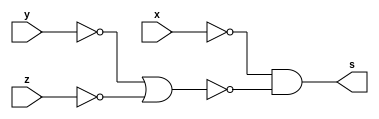
// ---------------------
// TRUTH TABLE
// Nome: marcos antonio lommez Candido Ribeiro
// 27/08/2022
// ---------------------
// ---------------------
// -- expression x' . ( y'+z' )'
// ---------------------

module fxyz (output s, input x, y, z);
    assign s = ~x & ~(~y | ~z);
endmodule

module fyz (output s, input y, z);
    assign s = (~y | ~z);
endmodule

module fnyz (output s, input y, z);
    assign s = ~(~y | ~z);
endmodule

// ---------------------
// -- test_module
// ---------------------
module test_module;
    reg x, y, z;
    wire s1, s2, s3;
    // instancias
    fyz  FYZ1  (s1, y, z);
    fnyz FNYZ1 (s2, y, z);
    fxyz FXYZ1 (s3, x, y, z);
    
    // valores iniciais
    initial 
        begin: start
            x=1'bx; 
            y=1'bx;
            z=1'bx; // indefinidos
        end

    // parte principal
    initial 
        begin: main
            // identificacao
            $display("Ex01a - Marcos Antonio Lommez - 771157");
            $display(" x' . ( y'+z' )'");

            // monitoramento
            $display(" x | y | z =  (y'+z')   (y'+z')'   x'.(y'+z')'");
            $monitor("%2b |%2b |%2b =    %2b        %2b          %2b", x, y, z, s1, s2, s3);
            
            // sinalizacao
            #1 x=0; y=0; z=0;
            #1 x=0; y=0; z=1;
            #1 x=0; y=1; z=0;
            #1 x=0; y=1; z=1;
            #1 x=1; y=0; z=0;
            #1 x=1; y=0; z=1;
            #1 x=1; y=1; z=0;
            #1 x=1; y=1; z=1;
        end
endmodule // test_module